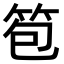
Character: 笣